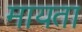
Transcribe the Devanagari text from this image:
मायता